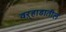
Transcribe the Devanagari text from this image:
वऱ्हाडातील